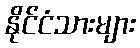
နိုင်ငံသားများ